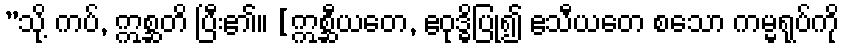
”သို့ ကပ်, ဣစ္ဆတိ ပြီး၏။ [ဣစ္ဆီယတေ, ဧဝုဒ္ဓိပြု၍ ဧသီယတေ စသော ကမ္မရုပ်ကို